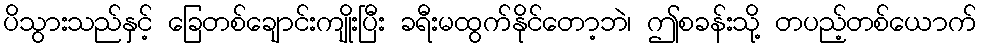
ပိသွားသည်နှင့် ခြေတစ်ချောင်းကျိုးပြီး ခရီးမထွက်နိုင်တော့ဘဲ၊ ဤစခန်းသို့ တပည့်တစ်ယောက်